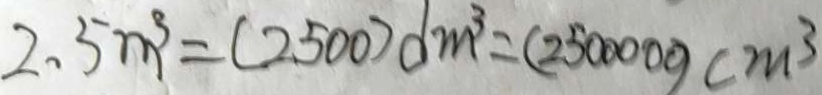
2 . 5 m ^ { 3 } = ( 2 5 0 0 ) d m ^ { 3 } = ( 2 5 0 0 0 0 0 ) c m ^ { 3 }